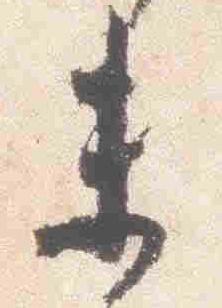
未